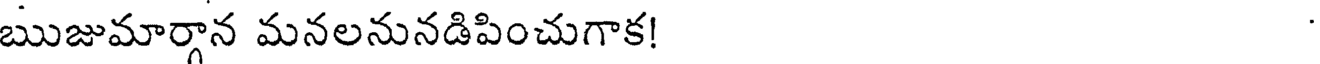
ఋజుమార్గాన మనలనునడిపించుగాక!